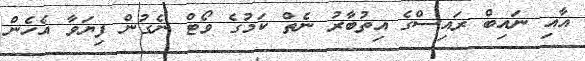
އާއި ނައިބް ރައިސްގެ އިތުބާރު ނެތް ކަމުގެ ވޯޓް ނެގުން ފިޔަވާ އެހެން